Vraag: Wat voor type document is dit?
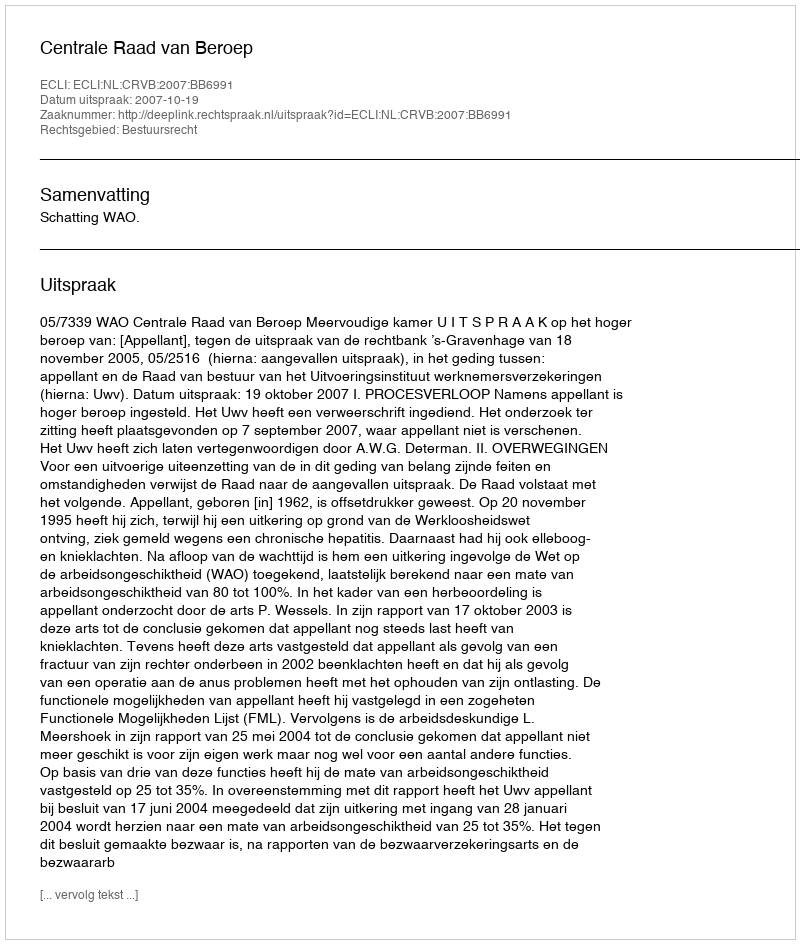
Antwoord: Uitspraak